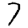
Digit: 7